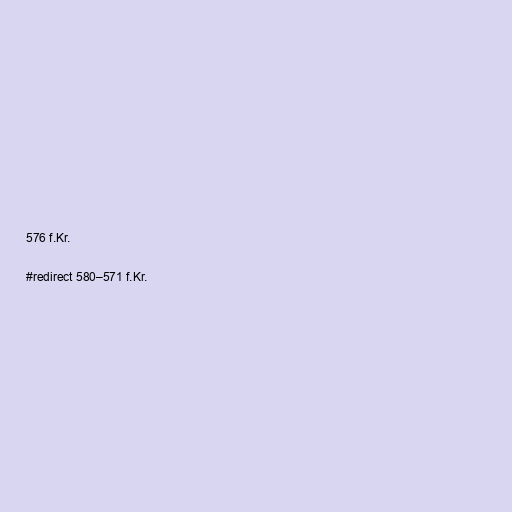
576 f.Kr.

#redirect 580–571 f.Kr.